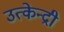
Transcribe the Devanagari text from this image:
उत्केन्द्री